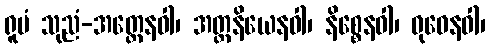
ရူပံ သုညံ-အတ္တေနဝါ၊ အတ္တနိယေနဝါ၊ နိစ္စေနဝါ၊ ဓုဝေနဝါ၊